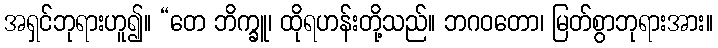
အရှင်ဘုရားဟူ၍။ “တေ ဘိက္ခူ၊ ထိုရဟန်းတို့သည်။ ဘဂဝတော၊ မြတ်စွာဘုရားအား။